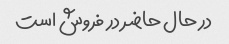
در حال حاضر در فروش است